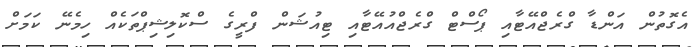
އެގޮތުން އަންޑާ ގްރެޖްއޭޓާއި ޕޯސްޓް ގްރެޖްއުއޭޓާއި ޓިއުޝަން ފްރީގެ ސްކޮލިޝިޕްތަކެއް ހިމެނޭ ކަމަށް